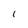
Character: 1